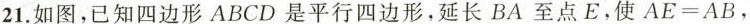
21.如图，已知四边形ABCD是平行四边形，延长BA至点E。使$$AE=AB$$，